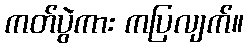
ကတ်ပွဲကား ကပြလျက်။